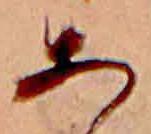
あ